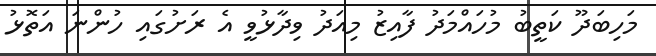
މަހިބަދޫ ކަތީބު މުހައްމަދު ފާއިޒު މިއަދު ވިދާޅުވީ އެ ރަށުގައި ހުންނަ އަތޮޅު